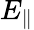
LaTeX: E_{\parallel}